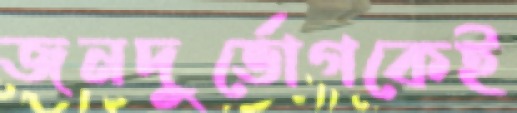
জনদুর্ভোগকেই